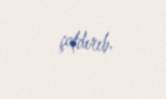
çatdırıb.